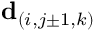
\mathbf { d } _ { ( i , j \pm 1 , k ) }